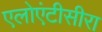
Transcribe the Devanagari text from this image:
एलोएंटीसीरा